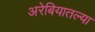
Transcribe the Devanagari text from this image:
अरेबियातल्या